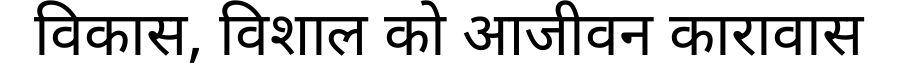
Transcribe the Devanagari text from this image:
विकास, विशाल को आजीवन कारावास